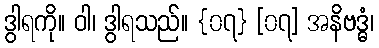
ဒွါရကို။ ဝါ၊ ဒွါရသည်။ {၀၇} [၀၇] အနိဗဒ္ဓံ၊